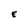
Character: E